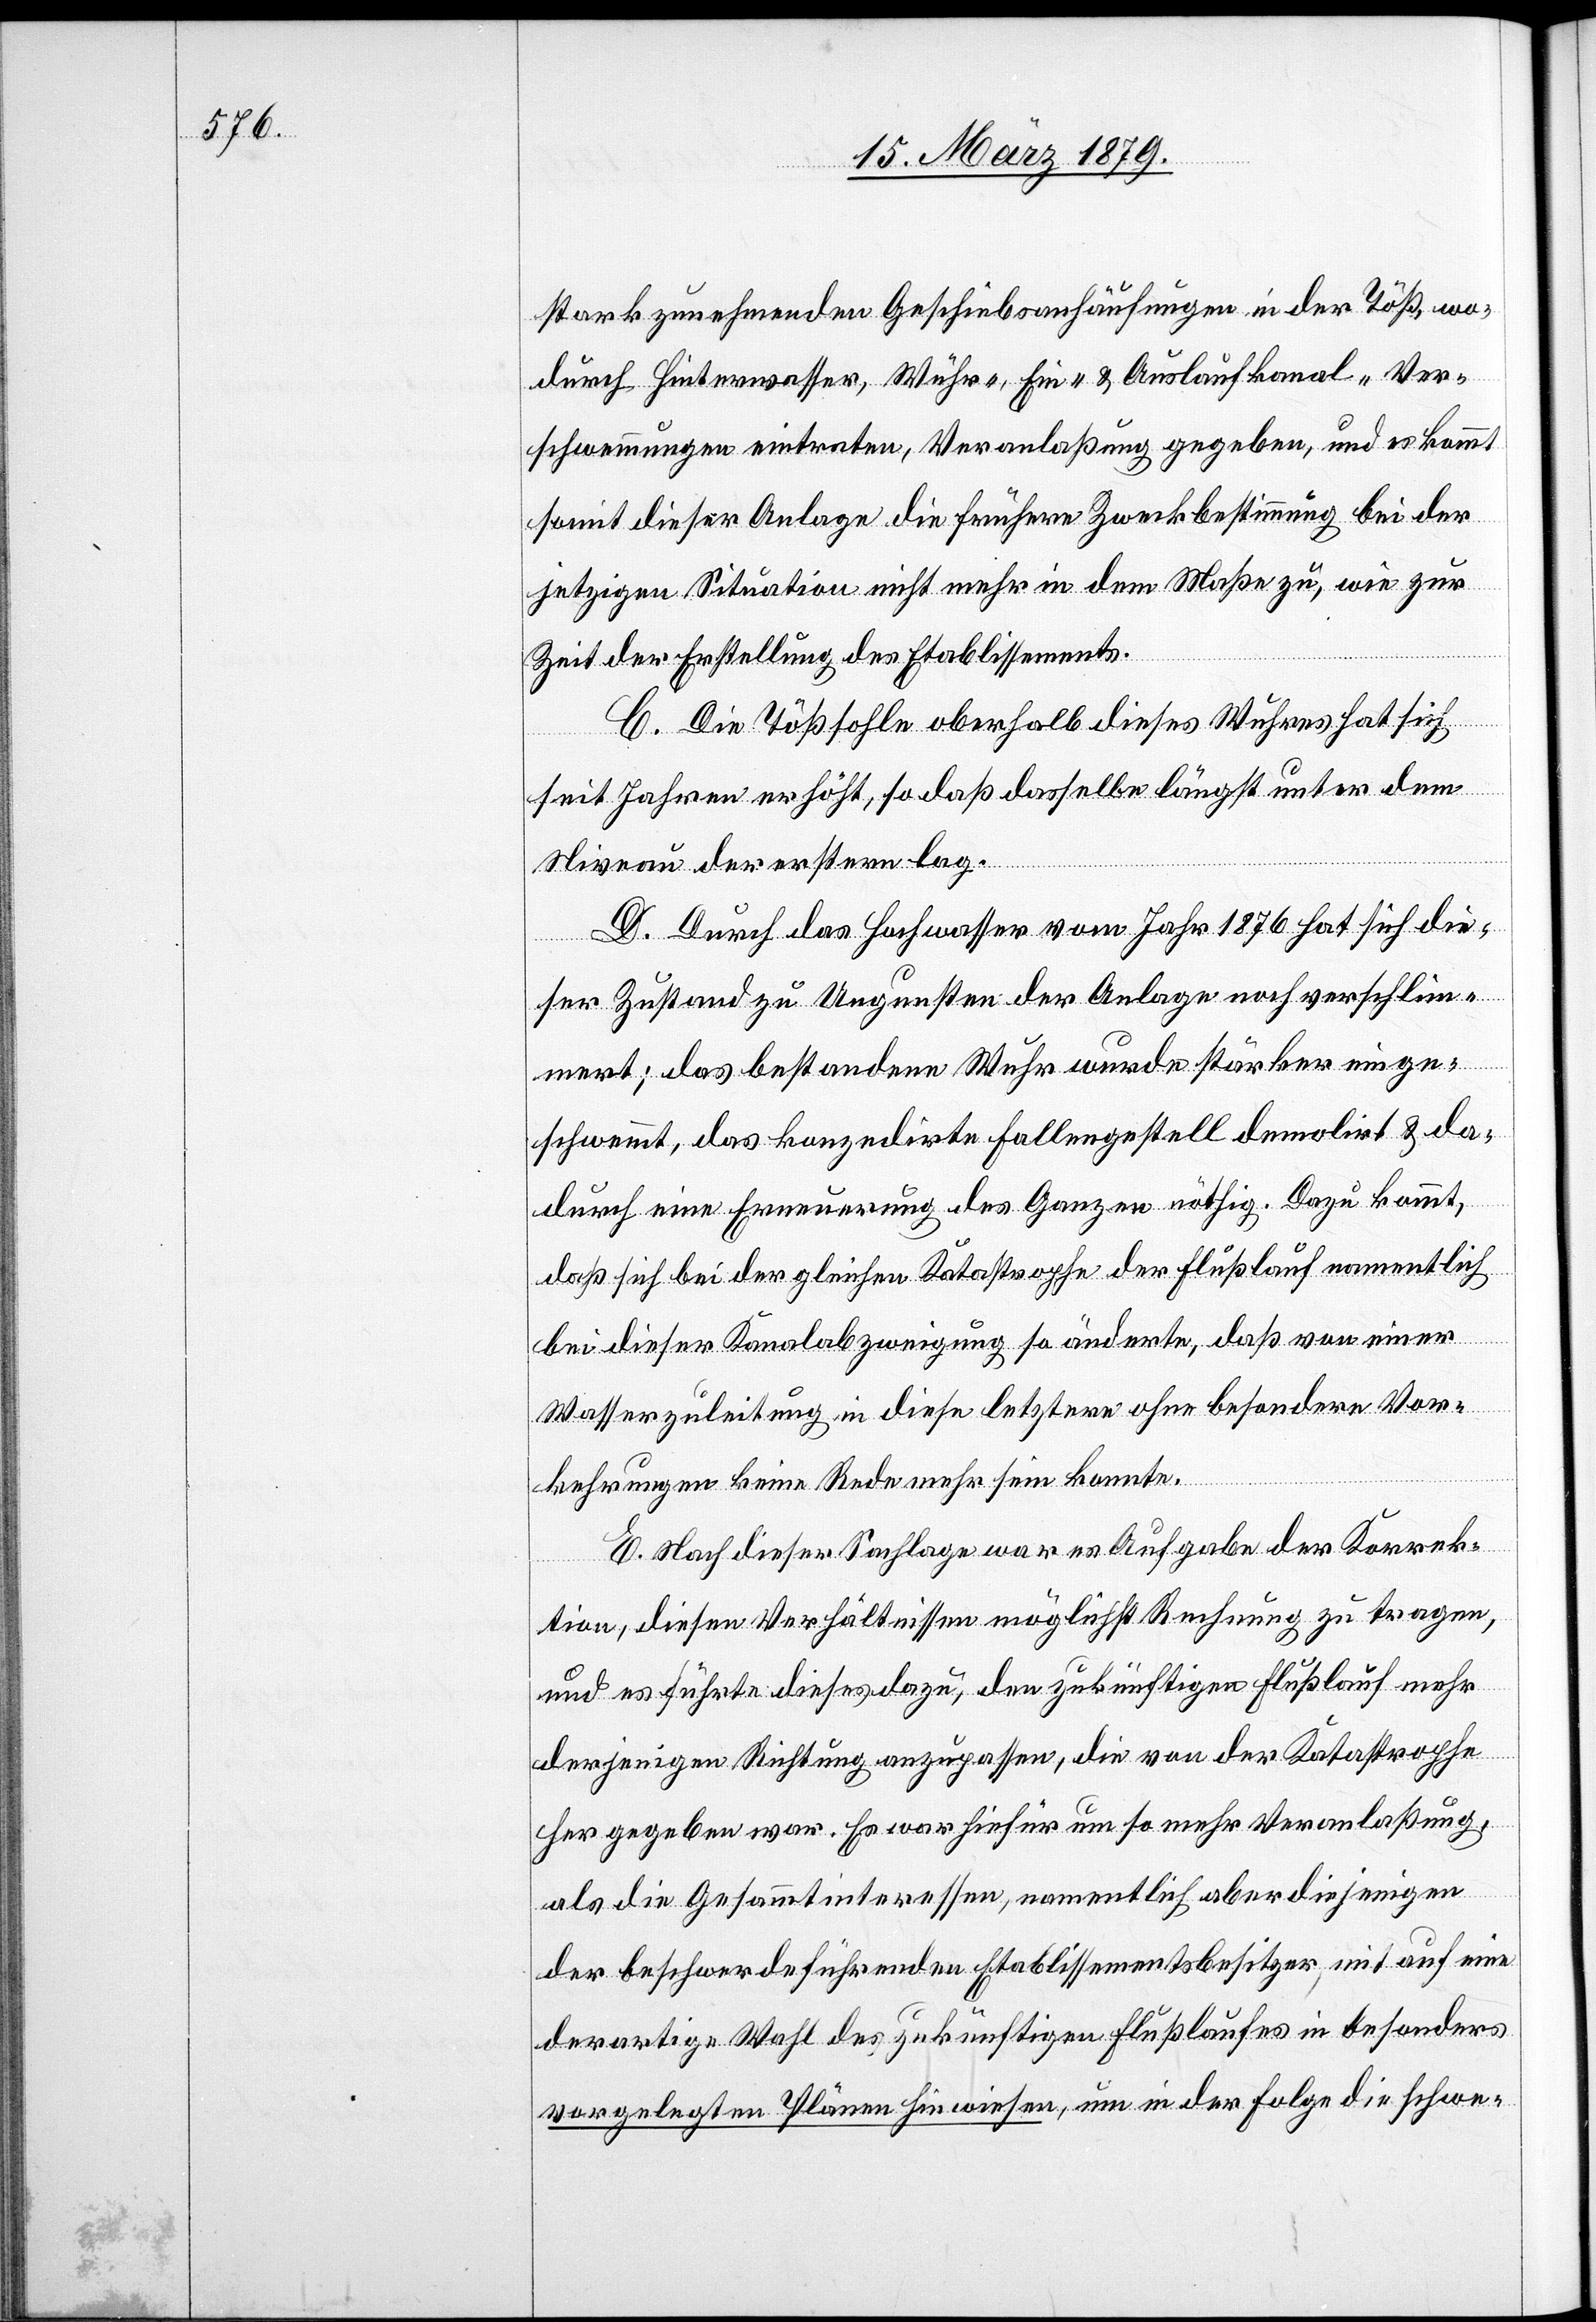
stark zunehmenden Geschiebsanhäufungen in der Töß, wo¬
durch Hinterwasser, Wuhr-, Ein- & Auslaufkanal-Ver¬
schwemmungen eintraten, Veranlaßung gegeben, und es kommt
somit dieser Anlage die frühere Zweckbestimmung bei der
jetzigen Situation nicht mehr in dem Maße zu, wie zur
Zeit der Erstellung des Etablissements.
C. Die Tößsohle oberhalb dieses Wuhres hat sich
seit Jahren erhöht, so daß dasselbe längst unter dem
Niveau der erstern lag.
D. Durch das Hochwasser vom Jahr 1876 hat sich die¬
ser Zustand zu Ungunsten der Anlage noch verschlim¬
mert; das bestandene Wuhr wurde stärker einge¬
schwemmt, das konzedirte Fallengestell demolirt & da¬
durch eine Erneuerung des Ganzen nöthig. Dazu kommt,
daß sich bei der gleichen Katastrophe der Flußlauf namentlich
bei dieser Kanalabzweigung so änderte, daß von einer
Wasserzuleitung in diese letztere ohne besondere Vor¬
kehrungen keine Rede mehr sein konnte.
E. Nach dieser Sachlage war es Aufgabe der Korrek¬
tion, diesen Verhältnissen möglichst Rechnung zu tragen,
und es führte dieses dazu, den zukünftigen Flußlauf mehr
derjenigen Richtung anzupassen, die von der Katastrophe
her gegeben war. Es war hiefür um so mehr Veranlaßung,
als die Gesammtinteressen, namentlich aber diejenigen
der beschwerdeführenden Etablissementsbesitzer, mit auf eine
derartige Wahl des zukünftigen Flußlaufes in besonders
vorgelegten Plänen hinwiesen, um in der Folge die schwe-